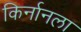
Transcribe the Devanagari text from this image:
किर्नानला